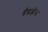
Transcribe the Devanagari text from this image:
ग्रेसजींना